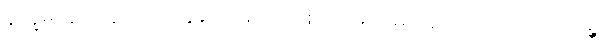
နိက္ခမိတွာ၊ ထွက်၍။ ဣတောစိတောစ၊ ထိုမှဤမှလည်း။ ဩလောကေန္တာ၊